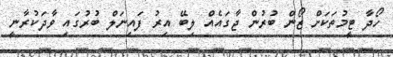
ހޯދާ ޓީމުތަކަށް ޒޯން ބުރުން ޖާގައެއް ލިބޭ އިރު ފައިނަލް ބުރުގައި ވާދަކުރާނީ